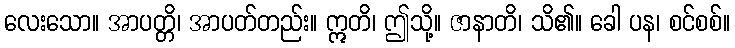
လေးသော။ အာပတ္တိ၊ အာပတ်တည်း။ ဣတိ၊ ဤသို့။ ဇာနာတိ၊ သိ၏။ ခေါ ပန၊ စင်စစ်။